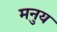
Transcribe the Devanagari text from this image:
मनुय